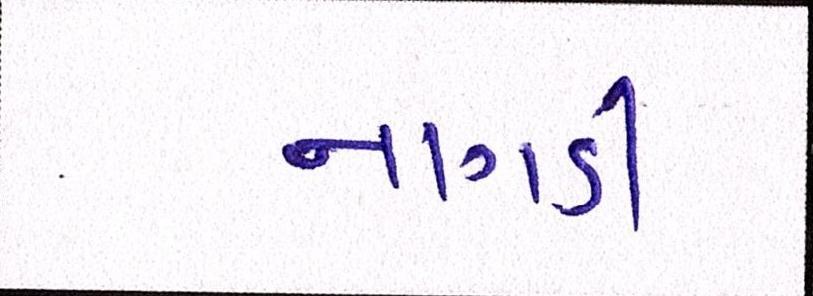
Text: નાગડી